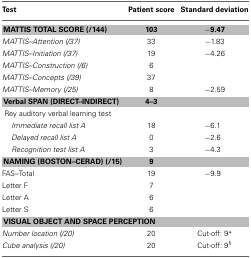
| Test | Patient score | Standard deviation |
 | --- | --- | --- |
 | MATTIS TOTAL SCORE (/144) | 103 | −9.47 |
 | MATTIS–Attention (/37) | 33 | −1.83 |
 | MATTIS–Initiation (/37) | 19 | −4.26 |
 | MATTIS–Construction (/6) | 6 |  |
 | MATTIS–Concepts (/39) | 37 |  |
 | MATTIS–Memory (/25) | 8 | −2.59 |
 | Verbal SPAN (DIRECT–INDIRECT) | 4–3 |  |
 | Rey auditory verbal learning test |  |  |
 | Immediate recall list A | 18 | −6.1 |
 | Delayed recall list A | 0 | −2.6 |
 | Recognition test list A | 3 | −4.3 |
 | NAMING (BOSTON–CERAD) (/15) | 9 |  |
 | FAS–Total | 19 | −9.9 |
 | Letter F | 7 |  |
 | Letter A | 6 |  |
 | Letter S | 6 |  |
 | <COLSPAN=3> VISUAL OBJECT AND SPACE PERCEPTION |
 | Number location (/20) | 20 | Cut-off: 9* |
 | Cube analysis (/20) | 20 | Cut-off: 9§ |